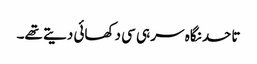
تاحد نگاہ سر ہی سی دکھائی دیتے تھے۔